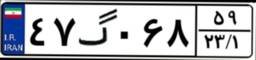
۴۷گ۰۶۸۵۹